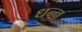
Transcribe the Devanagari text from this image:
धन्न